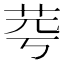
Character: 𦭃